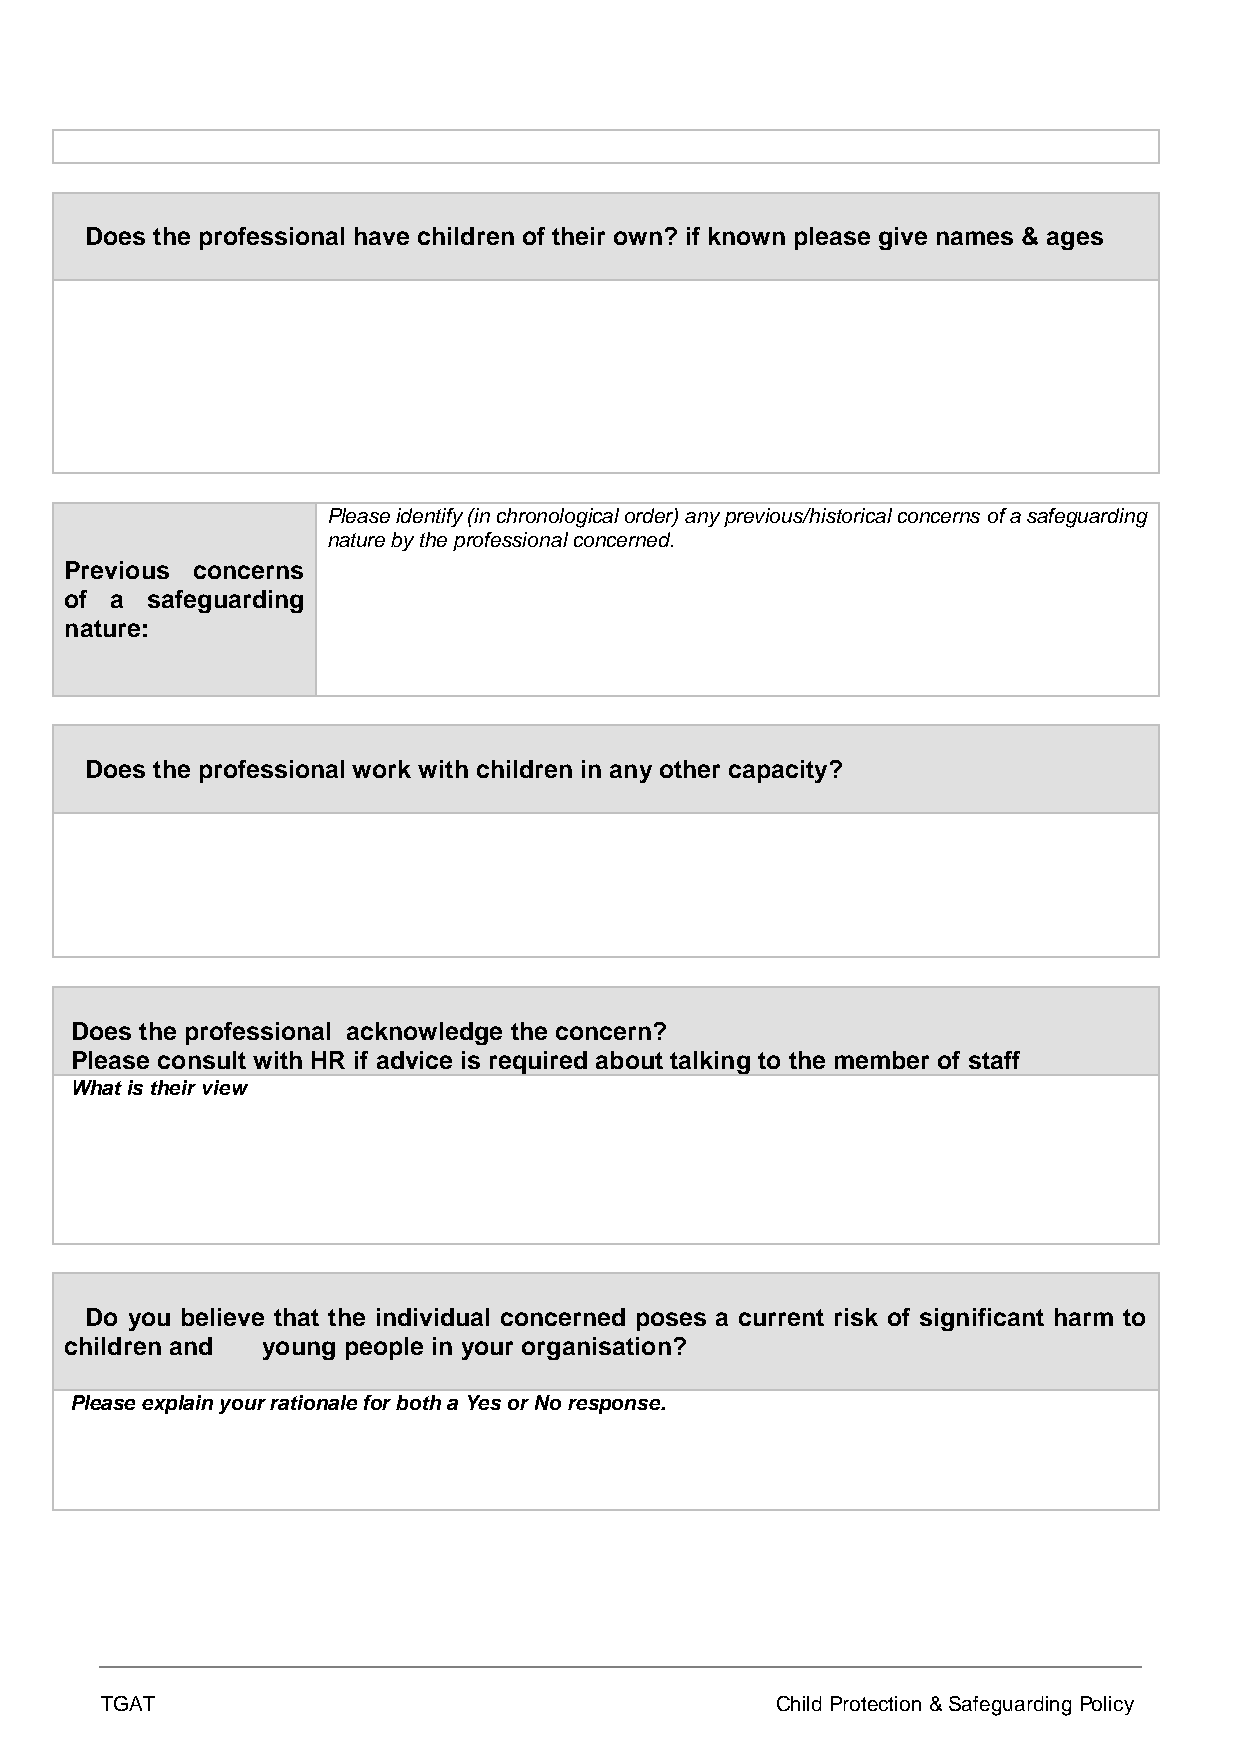
Does the professional have children of their own? if known please give names & ages
 Please identify (in chronological order) any previous/historical concerns of a safeguarding
 nature by the professional concerned.
 Previous concerns
 of a  safeguarding
 nature:
 Does the professional work with children in any other capacity?
 Does the professional acknowledge the concern?
 Please consult with HR if advice is required about talking to the member of staff
 What is their view
 Do you believe that the individual concerned poses a current risk of significant harm to
 children and young people in your organisation?
 Please explain your rationale for both a Yes or No response.
 TGAT                                        Child Protection & Safeguarding Policy